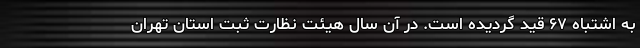
به اشتباه ۶۷ قید گردیده است. در آن سال هیئت نظارت ثبت استان تهران